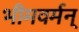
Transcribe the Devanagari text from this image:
भीमवर्मन्